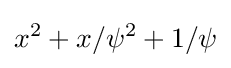
x^{2}+x/\psi ^{2}+1/\psi